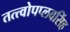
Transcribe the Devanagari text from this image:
तत्त्वोपप्लवसिंह